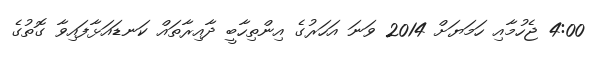
4:00 ޖެހުމާއި ހަމަޔަށް 2014 ވަނަ އަހަރުގެ އިންތިހާބީ ދާއިރާތައް ކަނޑައަޅާފައިވާ ގޮތުގެ